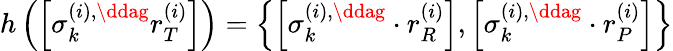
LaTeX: h\left(\left[\sigma_{k}^{\left(i\right),\ddag}r_{T}^{\left(i\right)}\right]\right)=\left\{ \left[\sigma_{k}^{\left(i\right),\ddag}\cdot r_{R}^{\left(i\right)}\right],\left[\sigma_{k}^{\left(i\right),\ddag}\cdot r_{P}^{\left(i\right)}\right]\right\}